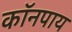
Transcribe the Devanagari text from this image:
कॉनपाय